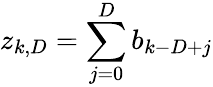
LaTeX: z_{k,D}=\sum_{j=0}^{D}b_{k-D+j}